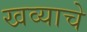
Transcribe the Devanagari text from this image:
खव्याचे